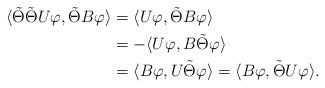
LaTeX: \begin{align*}\langle \tilde{\Theta}\tilde{\Theta}U\varphi,\tilde{\Theta}B\varphi\rangle&=\langle U\varphi,\tilde{\Theta}B\varphi\rangle\\&=-\langle U\varphi,B\tilde{\Theta}\varphi\rangle\\&=\langle B\varphi,U\tilde{\Theta}\varphi\rangle=\langle B\varphi,\tilde{\Theta}U\varphi\rangle.\end{align*}